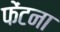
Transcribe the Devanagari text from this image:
फेंटना